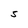
Character: S